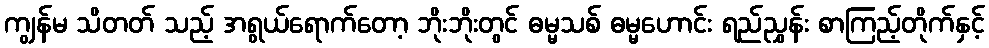
ကျွန်မ သိတတ် သည့် အရွယ်ရောက်တော့ ဘိုးဘိုးတွင် ဓမ္မသစ် ဓမ္မဟောင်း ရည်ညွှန်း စာကြည့်တိုက်နှင့်